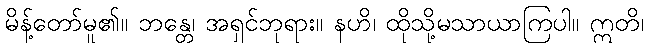
မိန့်တော်မူ၏။ ဘန္တေ၊ အရှင်ဘုရား။ နဟိ၊ ထိုသို့မသာယာကြပါ။ ဣတိ၊